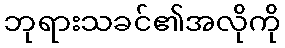
ဘုရားသခင်၏အလိုကို